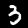
Label: 3